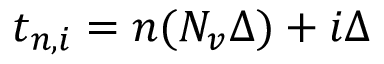
t _ { n , i } = n ( N _ { v } \Delta ) + i \Delta